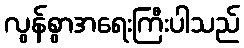
လွန်စွာအရေးကြီးပါသည်